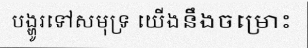
បង្ហូរទៅសមុទ្រ យើងនឹងចម្រោះ